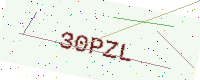
Text: 30PZL